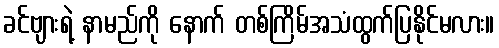
ခင်ဗျားရဲ့ နာမည်ကို နောက် တစ်ကြိမ်အသံထွက်ပြနိုင်မလား။